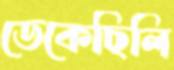
ডেকেছিলি